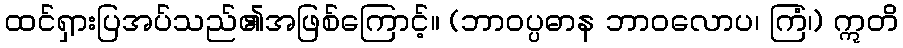
ထင်ရှားပြအပ်သည်၏အဖြစ်ကြောင့်။ (ဘာဝပ္ပဓာန ဘာဝလောပ၊ ကြံ၊) ဣတိ